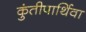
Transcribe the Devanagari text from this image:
कुंतीपार्थिवा